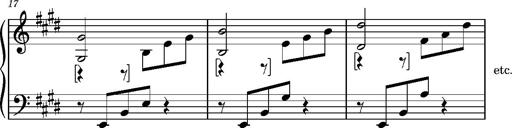
Title: Album-Leaf 'Cantique d'amour'
Composer: Franz Liszt
Key: E major